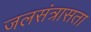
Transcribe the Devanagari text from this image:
जलसंत्रासता